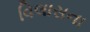
વિલાસના